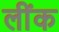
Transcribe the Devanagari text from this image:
लींक